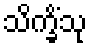
သိက္ခိံသု